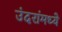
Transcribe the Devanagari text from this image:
उंदरांमध्ये